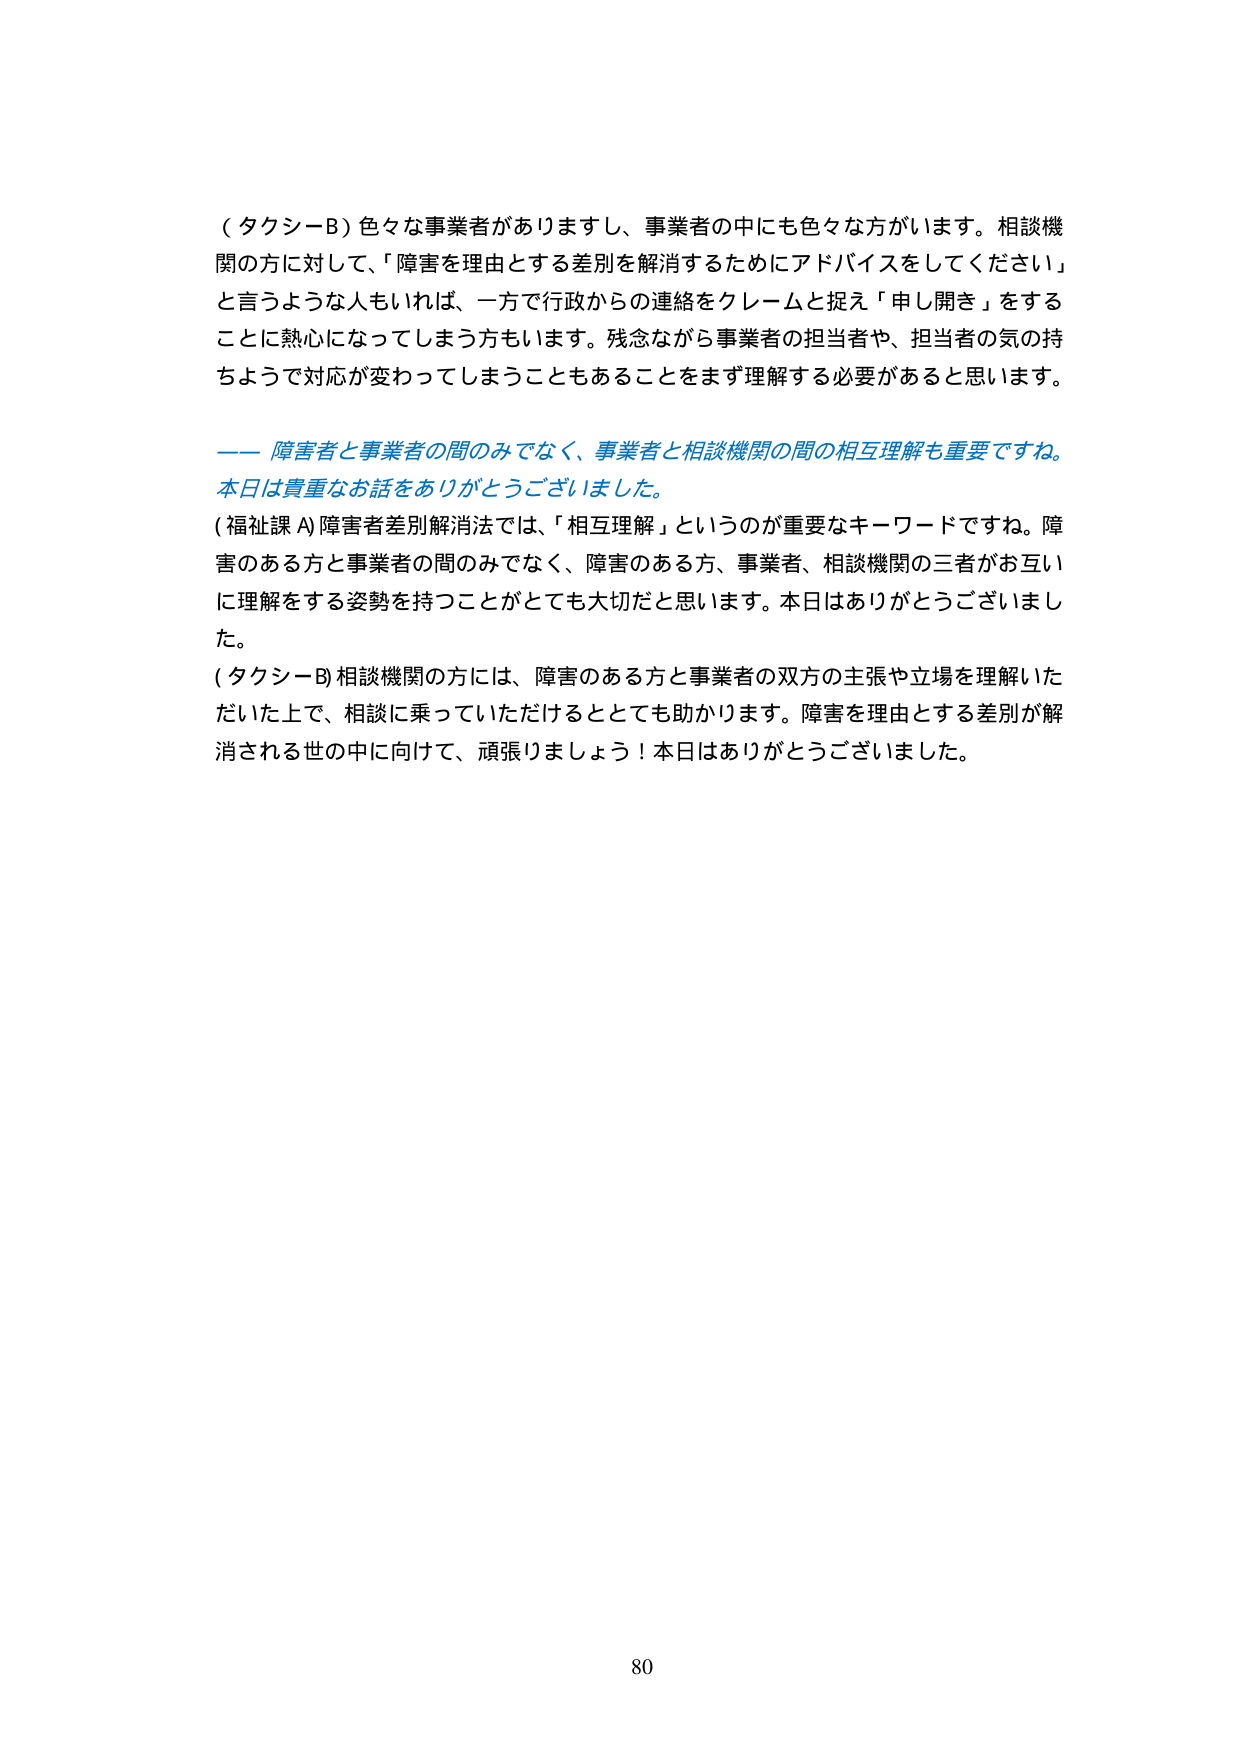
（タクシーB）色々な事業者がありますし、事業者の中にも色々な方がいます。相談機関の方に対して、「障害を理由とする差別を解消するためにアドバイスをしてください」と言うような人もいれば、一方で行政からの連絡をクレームと捉え「申し開き」をすることに熱心になってしまう方もいます。残念ながら事業者の担当者や、担当者の気の持ちようで対応が変わってしまうこともあることをまず理解する必要があると思います。

―― 障害者と事業者の間のみでなく、事業者と相談機関の間の相互理解も重要ですね。本日は貴重なお話をありがとうございました。

（福祉課A）障害者差別解消法では、「相互理解」というのが重要なキーワードですね。障害のある方と事業者の間のみでなく、障害のある方、事業者、相談機関の三者がお互いに理解をする姿勢を持つことがとても大切だと思います。本日はありがとうございました。

（タクシーB）相談機関の方には、障害のある方と事業者の双方の主張や立場を理解いただいた上で、相談に乗っていただけるととても助かります。障害を理由とする差別が解消される世の中に向けて、頑張りましょう！本日はありがとうございました。

80